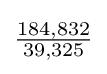
{\tfrac {184,832}{39,325}}